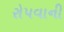
રોપવાની